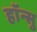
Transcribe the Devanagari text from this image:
हाॅन्सु